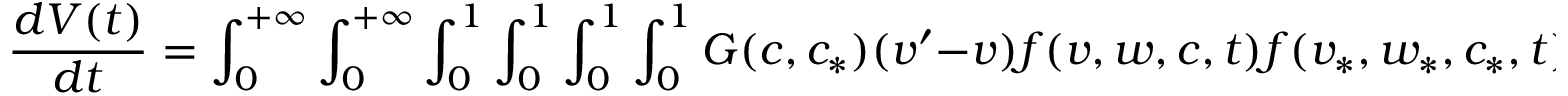
\frac { d V ( t ) } { d t } = \int _ { 0 } ^ { + \infty } \int _ { 0 } ^ { + \infty } \int _ { 0 } ^ { 1 } \int _ { 0 } ^ { 1 } \int _ { 0 } ^ { 1 } \int _ { 0 } ^ { 1 } G ( c , c _ { * } ) ( v ^ { \prime } - v ) f ( v , w , c , t ) f ( v _ { * } , w _ { * } , c _ { * } , t ) d v d v _ { * } d w d w _ { * } d c d c _ { * }